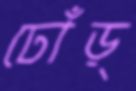
ঢোঁড়্‌